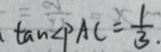
\tan \angle P A C = \frac { 1 } { 3 } .